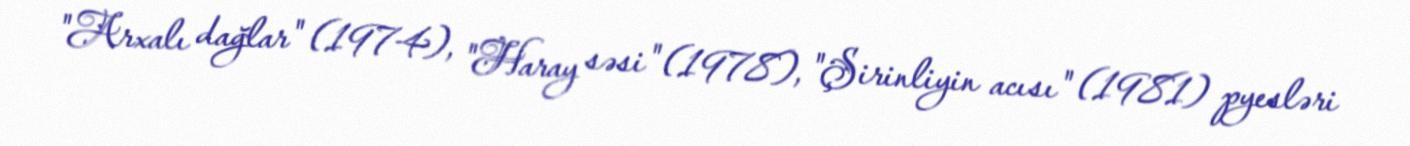
"Arxalı dağlar" (1974), "Haray səsi" (1978), "Şirinliyin acısı" (1981) pyesləri